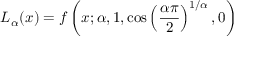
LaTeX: L _ { \alpha } ( x ) = f \left( x ; \alpha , 1 , \cos \left( { \frac { \alpha \pi } { 2 } } \right) ^ { 1 / \alpha } , 0 \right)